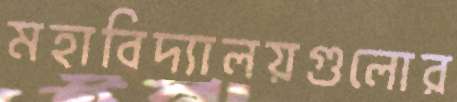
মহাবিদ্যালয়গুলোর